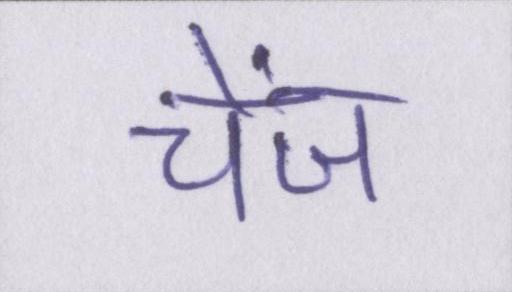
चेंज